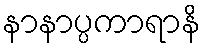
နာနာပ္ပကာရာနိ